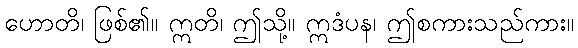
ဟောတိ၊ ဖြစ်၏။ ဣတိ၊ ဤသို့။ ဣဒံပန၊ ဤစကားသည်ကား။